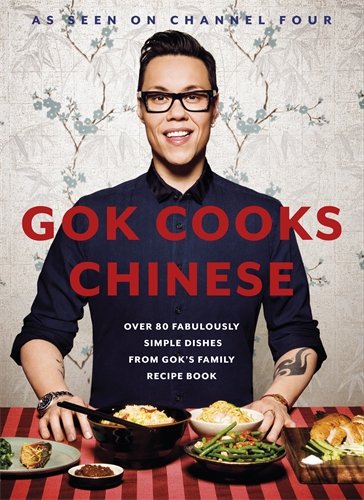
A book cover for Gok Cooks Chinese; Gok Wan; Cookbooks, Food & Wine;